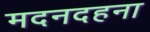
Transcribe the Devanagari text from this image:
मदनदहना